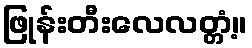
ဖြုန်းတီးလေလတ္တံ့။